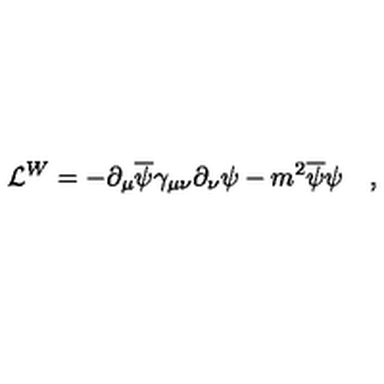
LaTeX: { \cal L } ^ { W } = - \partial _ { \mu } \overline { \psi } \gamma _ { \mu \nu } \partial _ { \nu } \psi - m ^ { 2 } \overline { \psi } \psi \quad ,